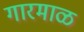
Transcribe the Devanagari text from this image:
गारमाळ